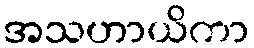
အသဟာယိကာ